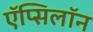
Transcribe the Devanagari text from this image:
ऍप्सिलॉन